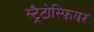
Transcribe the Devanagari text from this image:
स्ट्रैटोस्फ़ियर